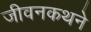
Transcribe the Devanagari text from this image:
जीवनकथने